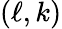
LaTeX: (\ell,k)